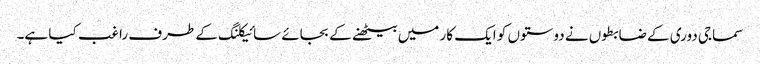
سماجی دوری کے ضابطوں نے دوستوں کو ایک کار میں بیٹھنے کے بجائے سائیکلنگ کے طرف راغب کیا ہے۔